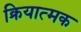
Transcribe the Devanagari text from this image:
क्रियात्‍मक